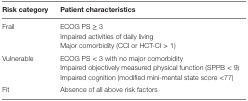
<table><thead><tr><td><b>Risk category</b></td><td><b>Patient characteristics</b></td></tr></thead><tbody><tr><td>Frail</td><td>ECOG PS ≥ 3</td></tr><tr><td></td><td>Impaired activities of daily living</td></tr><tr><td></td><td>Major comorbidity (CCI or HCT-CI &gt; 1)</td></tr><tr><td>Vulnerable</td><td>ECOG PS &lt; 3 with no major comorbidity</td></tr><tr><td></td><td>Impaired objectively measured physical function (SPPB &lt; 9)</td></tr><tr><td></td><td>Impaired cognition (modified mini-mental state score &lt;77)</td></tr><tr><td>Fit</td><td>Absence of all above risk factors</td></tr></tbody></table>